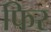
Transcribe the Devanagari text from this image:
फिर